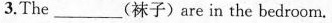
3.The ___ (袜子) are in the bedroom.